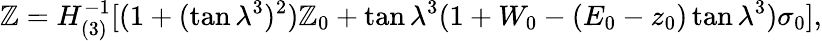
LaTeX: \mathbb{Z}=H_{(3)}^{-1}[(1+(\tan\lambda^{3})^{2})\mathbb{Z}_{0}+\tan\lambda^{3}(1+W_{0}-(E_{0}-z_{0})\tan\lambda^{3})\sigma_{0}],